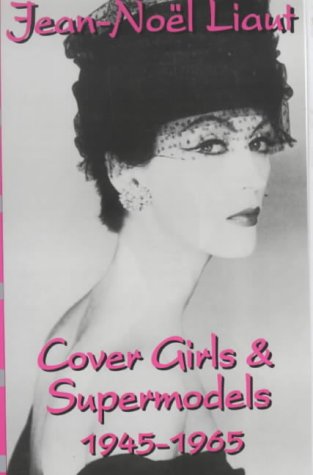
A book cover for Cover Girls and Supermodels: 1945-1965; Jean-Noel Liaut; Arts & Photography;